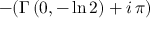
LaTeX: - ( \Gamma \left( 0 , - \ln 2 \right) + i \, \pi )